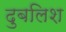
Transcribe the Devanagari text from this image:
दुबलिश